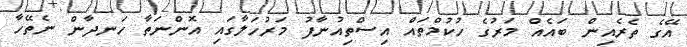
އޭގެ ތެރެއިން ބައެއް މަރުގެ ހުކުމްތައް އިސްތިއުނާފު މަރުހަލާގައި އޮންނަތާ ހަނދާން ނެތޭހާ